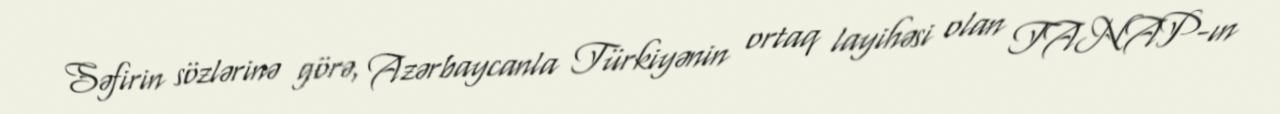
Səfirin sözlərinə görə, Azərbaycanla Türkiyənin ortaq layihəsi olan TANAP-ın